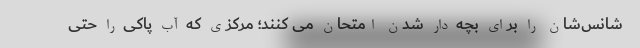
شانس‌شان را برای بچه دار شدن امتحان می کنند؛ مرکزی که آب پاکی را حتی